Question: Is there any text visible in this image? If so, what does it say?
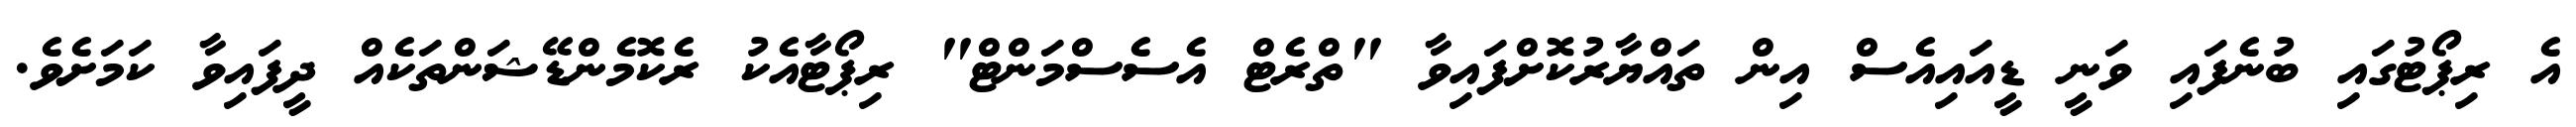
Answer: އެ ރިޕޯޓުގައި ބުނެފައި ވަނީ ޑީއައިއެސް އިން ތައްޔާރުކޮށްފައިވާ "ތްރެޓް އެސެސްމަންޓް" ރިޕޯޓާއެކު ރެކޮމެންޑޭޝަންތަކެއް ދީފައިވާ ކަމަށެވެ.